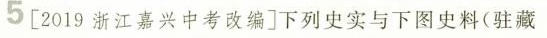
5 [2019浙江嘉兴中考改编]下列史实与下图史料(驻藏